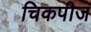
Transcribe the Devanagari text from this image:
चिकपीज